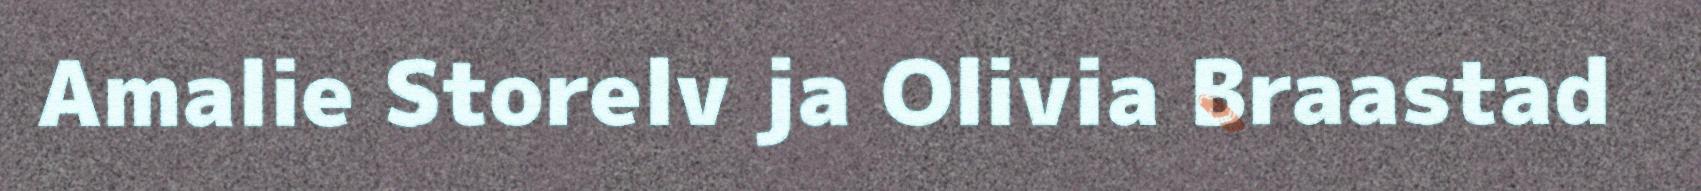
Amalie Storelv ja Olivia Braastad